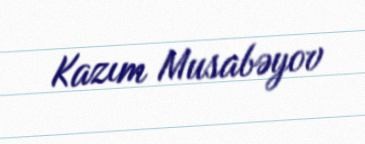
Kazım Musabəyov